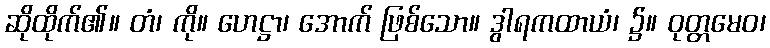
ဆိုထိုက်၏။ တံ၊ ကို။ ဟေဋ္ဌာ၊ အောက် ဖြစ်သော။ ဒွါရကထာယံ၊ ၌။ ဝုတ္တမေဝ၊